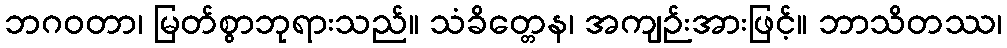
ဘဂဝတာ၊ မြတ်စွာဘုရားသည်။ သံခိတ္တေန၊ အကျဉ်းအားဖြင့်။ ဘာသိတဿ၊